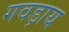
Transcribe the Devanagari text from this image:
गवड़ाय